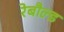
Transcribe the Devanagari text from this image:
रेबौल्ड